Indian journal of veterinary science and animal husbandry - Volumes 26-27, 1956-1957
Year: 1956
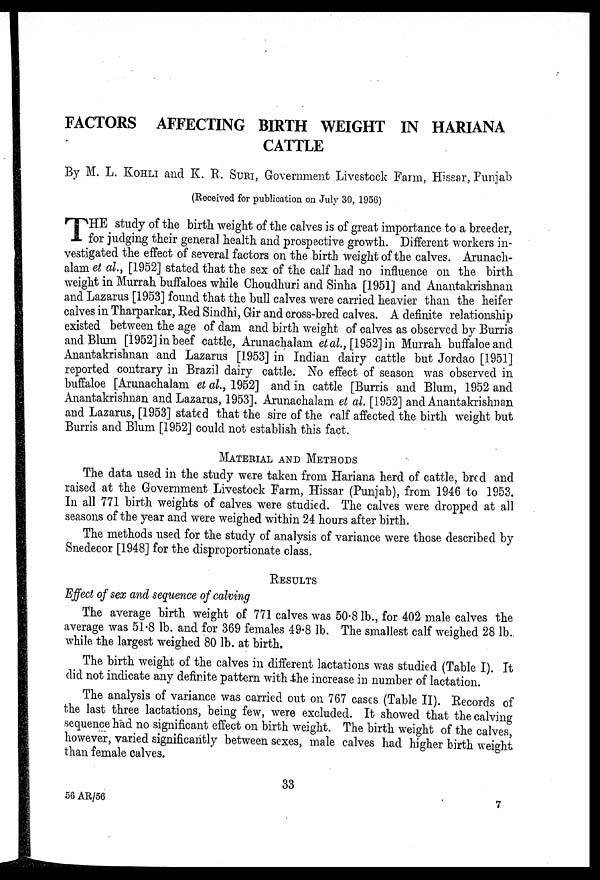
FACTORS AFFECTING BIRTH WEIGHT IN HARIANA
CATTLE
By M. L. KOHLI and K. R. SURI, Government Livestock Farm, Hissar, Punjab
(Received for publication on July 30, 1956)
T HE study of the birth weight of the calves is of great importance to a breeder,
for judging their general health and prospective growth. Different workers in-
vestigated the effect of several factors on the birth weight of the calves. Arunach-
alam et al., [1952] stated that the sex of the calf had no influence on the birth
weight in Murrah buffaloes while Choudhuri and Sinha [1951] and Anantakrishnan
and Lazarus [1953] found that the bull calves were carried heavier than the heifer
calves in Tharparkar, Red Sindhi, Gir and cross-bred calves. A definite relationship
existed between the age of dam and birth weight of calves as observed by Burris
and Blum [1952] in beef cattle, Arunachalam et al., [1952] in Murrah buffaloe and
Anantakrishnan and Lazarus [1953] in Indian dairy cattle but Jordao [1951]
reported contrary in Brazil dairy cattle. No effect of season was observed in
buffaloe [Arunachalam et al., 1952] and in cattle [Burris and Blum, 1952 and
Anantakrishnan and Lazarus, 1953]. Arunachalam et al. [1952] and Anantakrishnan
and Lazarus, [1953] stated that the sire of the calf affected the birth weight but
Burris and Blum [1952] could not establish this fact.
MATERIAL AND METHODS
The data used in the study were taken from Hariana herd of cattle, bred and
raised at the Government Livestock Farm, Hissar (Punjab), from 1946 to 1953.
In all 771 birth weights of calves were studied. The calves were dropped at all
seasons of the year and were weighed within 24 hours after birth.
The methods used for the study of analysis of variance were those described by
Snedecor [1948] for the disproportionate class.
RESULTS
Effect of sex and sequence of calving
The average birth weight of 771 calves was 50.8 lb., for 402 male calves the
average was 51.8 lb. and for 369 females 49.8 lb. The smallest calf weighed 28 lb.,
while the largest weighed 80 lb. at birth.
The birth weight of the calves in different lactations was studied (Table I). It
did not indicate any definite pattern with the increase in number of lactation.
The analysis of variance was carried out on 767 cases (Table II). Records of
the last three lactations, being few, were excluded. It showed that the calving
sequence had no significant effect on birth weight. The birth weight of the calves,
however, varied significantly between sexes, male calves had higher birth weight
than female calves.
33
56 AR/56